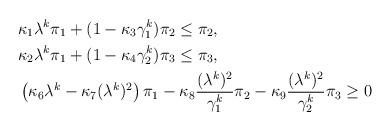
LaTeX: \begin{align*}\begin{aligned} &\kappa_1\lambda^k\pi_1+ (1-\kappa_3\gamma_1^k) \pi_2 \leq \pi_2,\\& \kappa_2\lambda^k\pi_1+(1-\kappa_4 \gamma_2^k) \pi_3\leq \pi_3,\\ &\left(\kappa_6 \lambda^k-\kappa_7(\lambda^k)^2\right)\pi_1- \kappa_8\frac{(\lambda^k)^2}{\gamma_1^k}\pi_2-\kappa_9\frac{(\lambda^k)^2}{\gamma_2^k}\pi_3\geq 0\end{aligned}\end{align*}